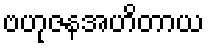
ဗဟုဇနအဟိတာယ